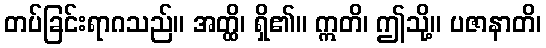
တပ်ခြင်းရာဂသည်။ အတ္ထိ၊ ရှိ၏။ ဣတိ၊ ဤသို့။ ပဇာနာတိ၊